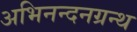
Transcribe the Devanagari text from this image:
अभिनन्दनग्रन्थ